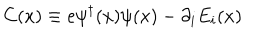
C ( x ) \equiv e \psi ^ { \dagger } ( x ) \psi ( x ) - \partial _ { i } E _ { i } ( x )